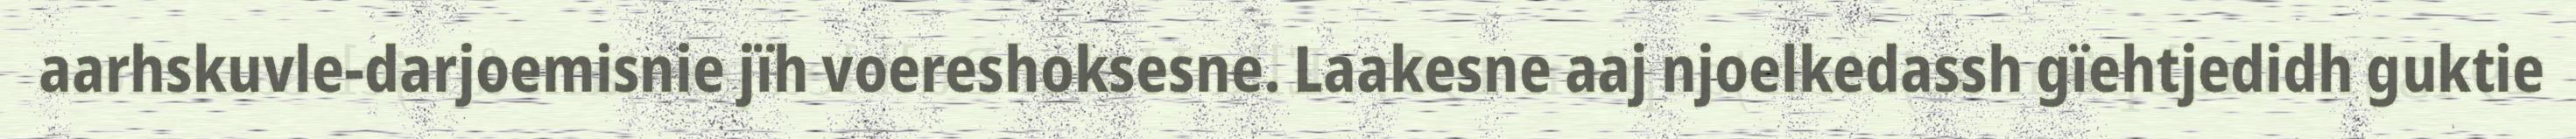
aarhskuvle-darjoemisnie jïh voereshoksesne. Laakesne aaj njoelkedassh gïehtjedidh guktie